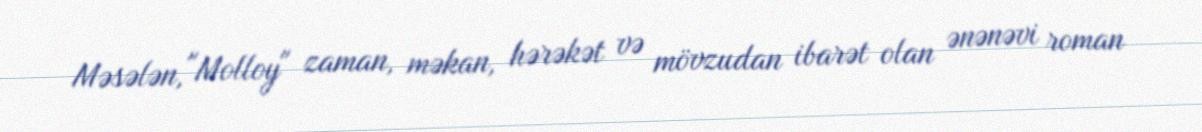
Məsələn, "Molloy" zaman, məkan, hərəkət və mövzudan ibarət olan ənənəvi roman